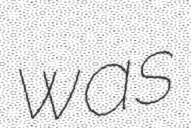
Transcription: was